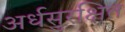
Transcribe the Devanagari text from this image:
अर्धसुरक्षित